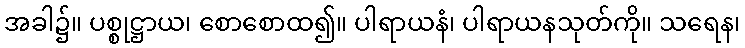
အခါ၌။ ပစ္စုဋ္ဌာယ၊ စောစောထ၍။ ပါရာယနံ၊ ပါရာယနသုတ်ကို။ သရေန၊